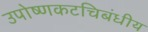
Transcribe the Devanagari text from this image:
उपोष्णकटचिबंधीय